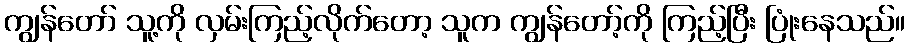
ကျွန်တော် သူ့ကို လှမ်းကြည့်လိုက်တော့ သူက ကျွန်တော့်ကို ကြည့်ပြီး ပြုံးနေသည်။